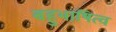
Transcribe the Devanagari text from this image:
बहुभाषित्व